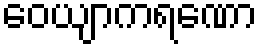
ဝေယျာကရဏော